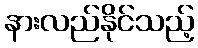
နားလည်နိုင်သည့်